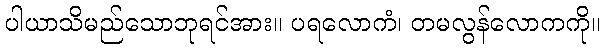
ပါယာသိမည်သောဘုရင်အား။ ပရလောကံ၊ တမလွန်လောကကို။